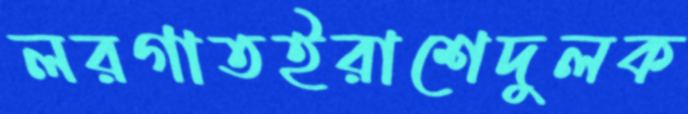
লরগাতইরাশেদুলক